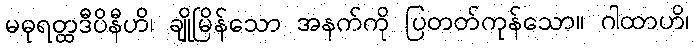
မဓုရတ္ထဒီပိနီဟိ၊ ချိုမြိန်သော အနက်ကို ပြတတ်ကုန်သော။ ဂါထာဟိ၊